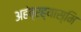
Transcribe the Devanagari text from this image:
अहंब्रह्यास्मि